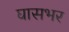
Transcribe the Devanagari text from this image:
घासभर